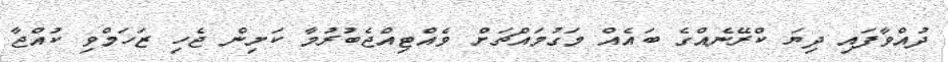
ދުއްވާފައި ދިޔަ ކްރޭނެއްގެ ބައެއް މަގުމައްޗަށް ވެއްޓިއްޖެބުރުމާ ކަށިން ޖެހި ޒަހަމްވި ކުއްޖާ